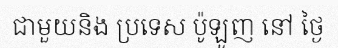
ជាមួយនិង ប្រទេស ប៉ូឡូញ នៅ ថ្ងៃ